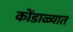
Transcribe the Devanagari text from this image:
कोंडाळ्यात